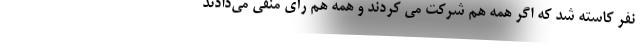
نفر کاسته شد که اگر همه هم شرکت می کردند و همه هم رأی منفی می‌دادند